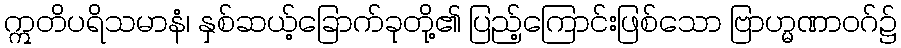
ဣတိပရိသမာနံ၊ နှစ်ဆယ့်ခြောက်ခုတို့၏ ပြည့်ကြောင်းဖြစ်သော ဗြာဟ္မဏာဝဂ်၌